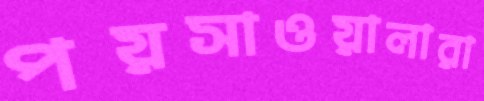
পয়সাওয়ালারা